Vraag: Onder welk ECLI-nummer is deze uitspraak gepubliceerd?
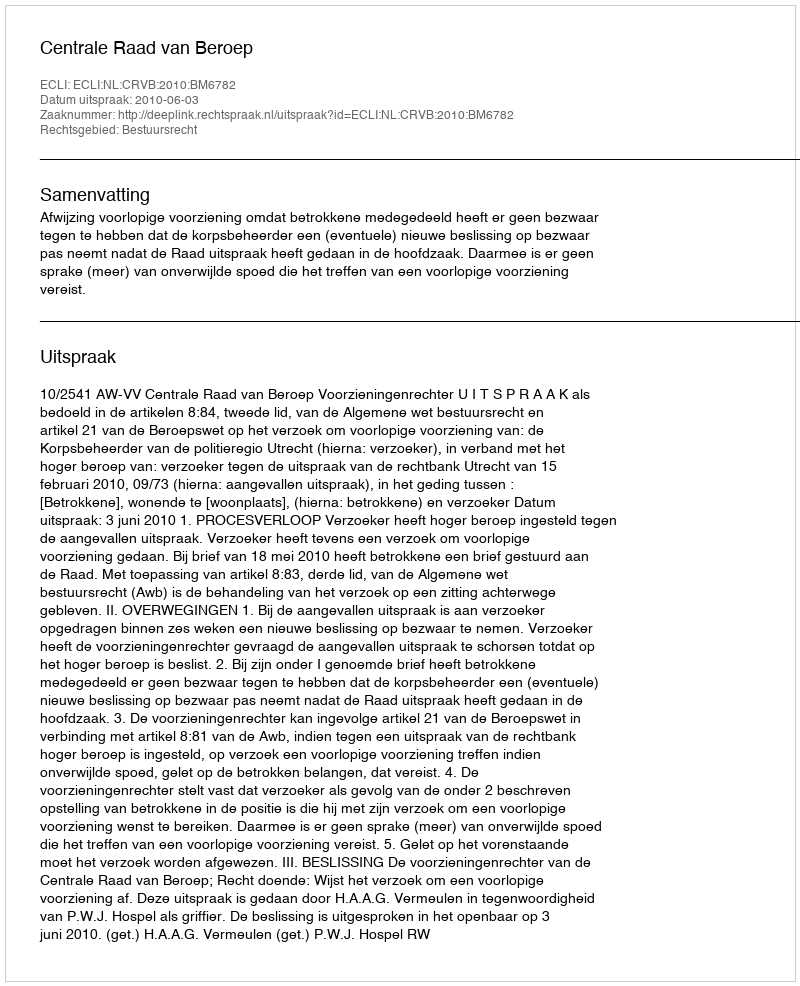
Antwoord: ECLI:NL:CRVB:2010:BM6782